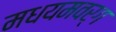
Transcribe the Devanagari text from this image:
मधयमवर्ग